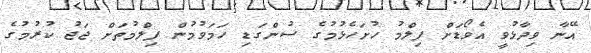
އޭނާ ވިދާޅުވީ އެވޯޑަށް ފިލްމު ހުށަހެޅުމުގެ ސުންގަޑި ހަމަވުމުން ފިލްމުތަށް ޖަޖު ކުރުމުގެ